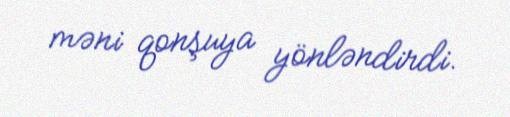
məni qonşuya yönləndirdi.